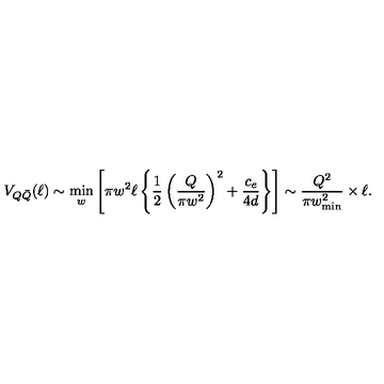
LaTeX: V _ { Q \bar { Q } } ( \ell ) \sim \min _ { w } \left[ \pi w ^ { 2 } \ell \left\{ \frac { 1 } { 2 } \left( \frac { Q } { \pi w ^ { 2 } } \right) ^ { 2 } + \frac { c _ { e } } { 4 d } \right\} \right] \sim \frac { Q ^ { 2 } } { \pi w _ { \mathrm { m i n } } ^ { 2 } } \times \ell .